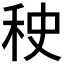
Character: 𰨠